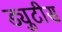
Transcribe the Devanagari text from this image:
ड्युटीस